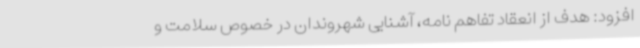
افزود: هدف از انعقاد تفاهم نامه، آشنایی شهروندان در خصوص سلامت و